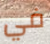
في